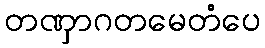
တဏှာဂတမေတံပေ